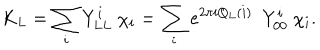
LaTeX: K _ { L } = \sum _ { i } Y _ { L L } ^ { i } \ \chi _ { i } = \sum _ { i } e ^ { 2 \pi i Q _ { L } ( i ) } \ \ Y _ { 0 0 } ^ { i } \ \chi _ { i } .